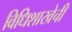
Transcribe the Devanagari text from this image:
विधिशाखेची